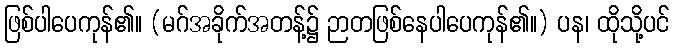
ဖြစ်ပါပေကုန်၏။ (မဂ်အခိုက်အတန့်၌ ဉာတဖြစ်နေပါပေကုန်၏။) ပန၊ ထိုသို့ပင်